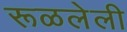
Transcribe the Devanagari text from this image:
रूळलेली